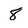
Character: 8